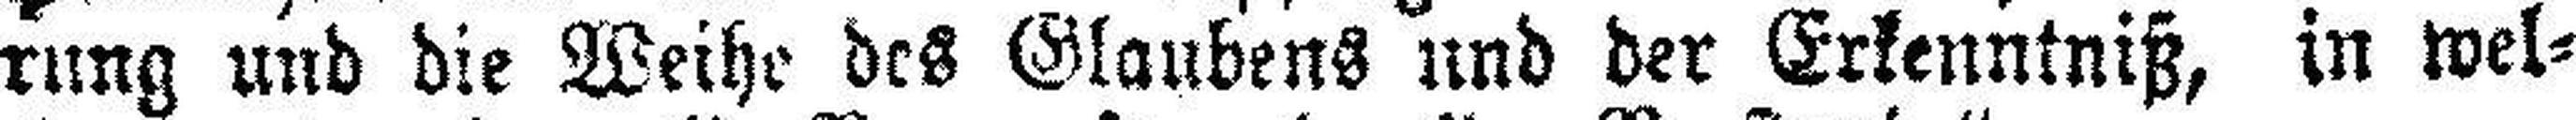
rung und die Weihe des Glaubens und der Erkenntniß, in wel¬